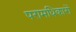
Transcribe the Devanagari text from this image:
परामधिकारों